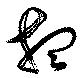
想